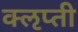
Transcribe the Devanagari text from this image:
क्‍ऌप्ती